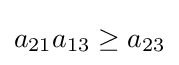
a_{21}a_{13}\geq a_{23}